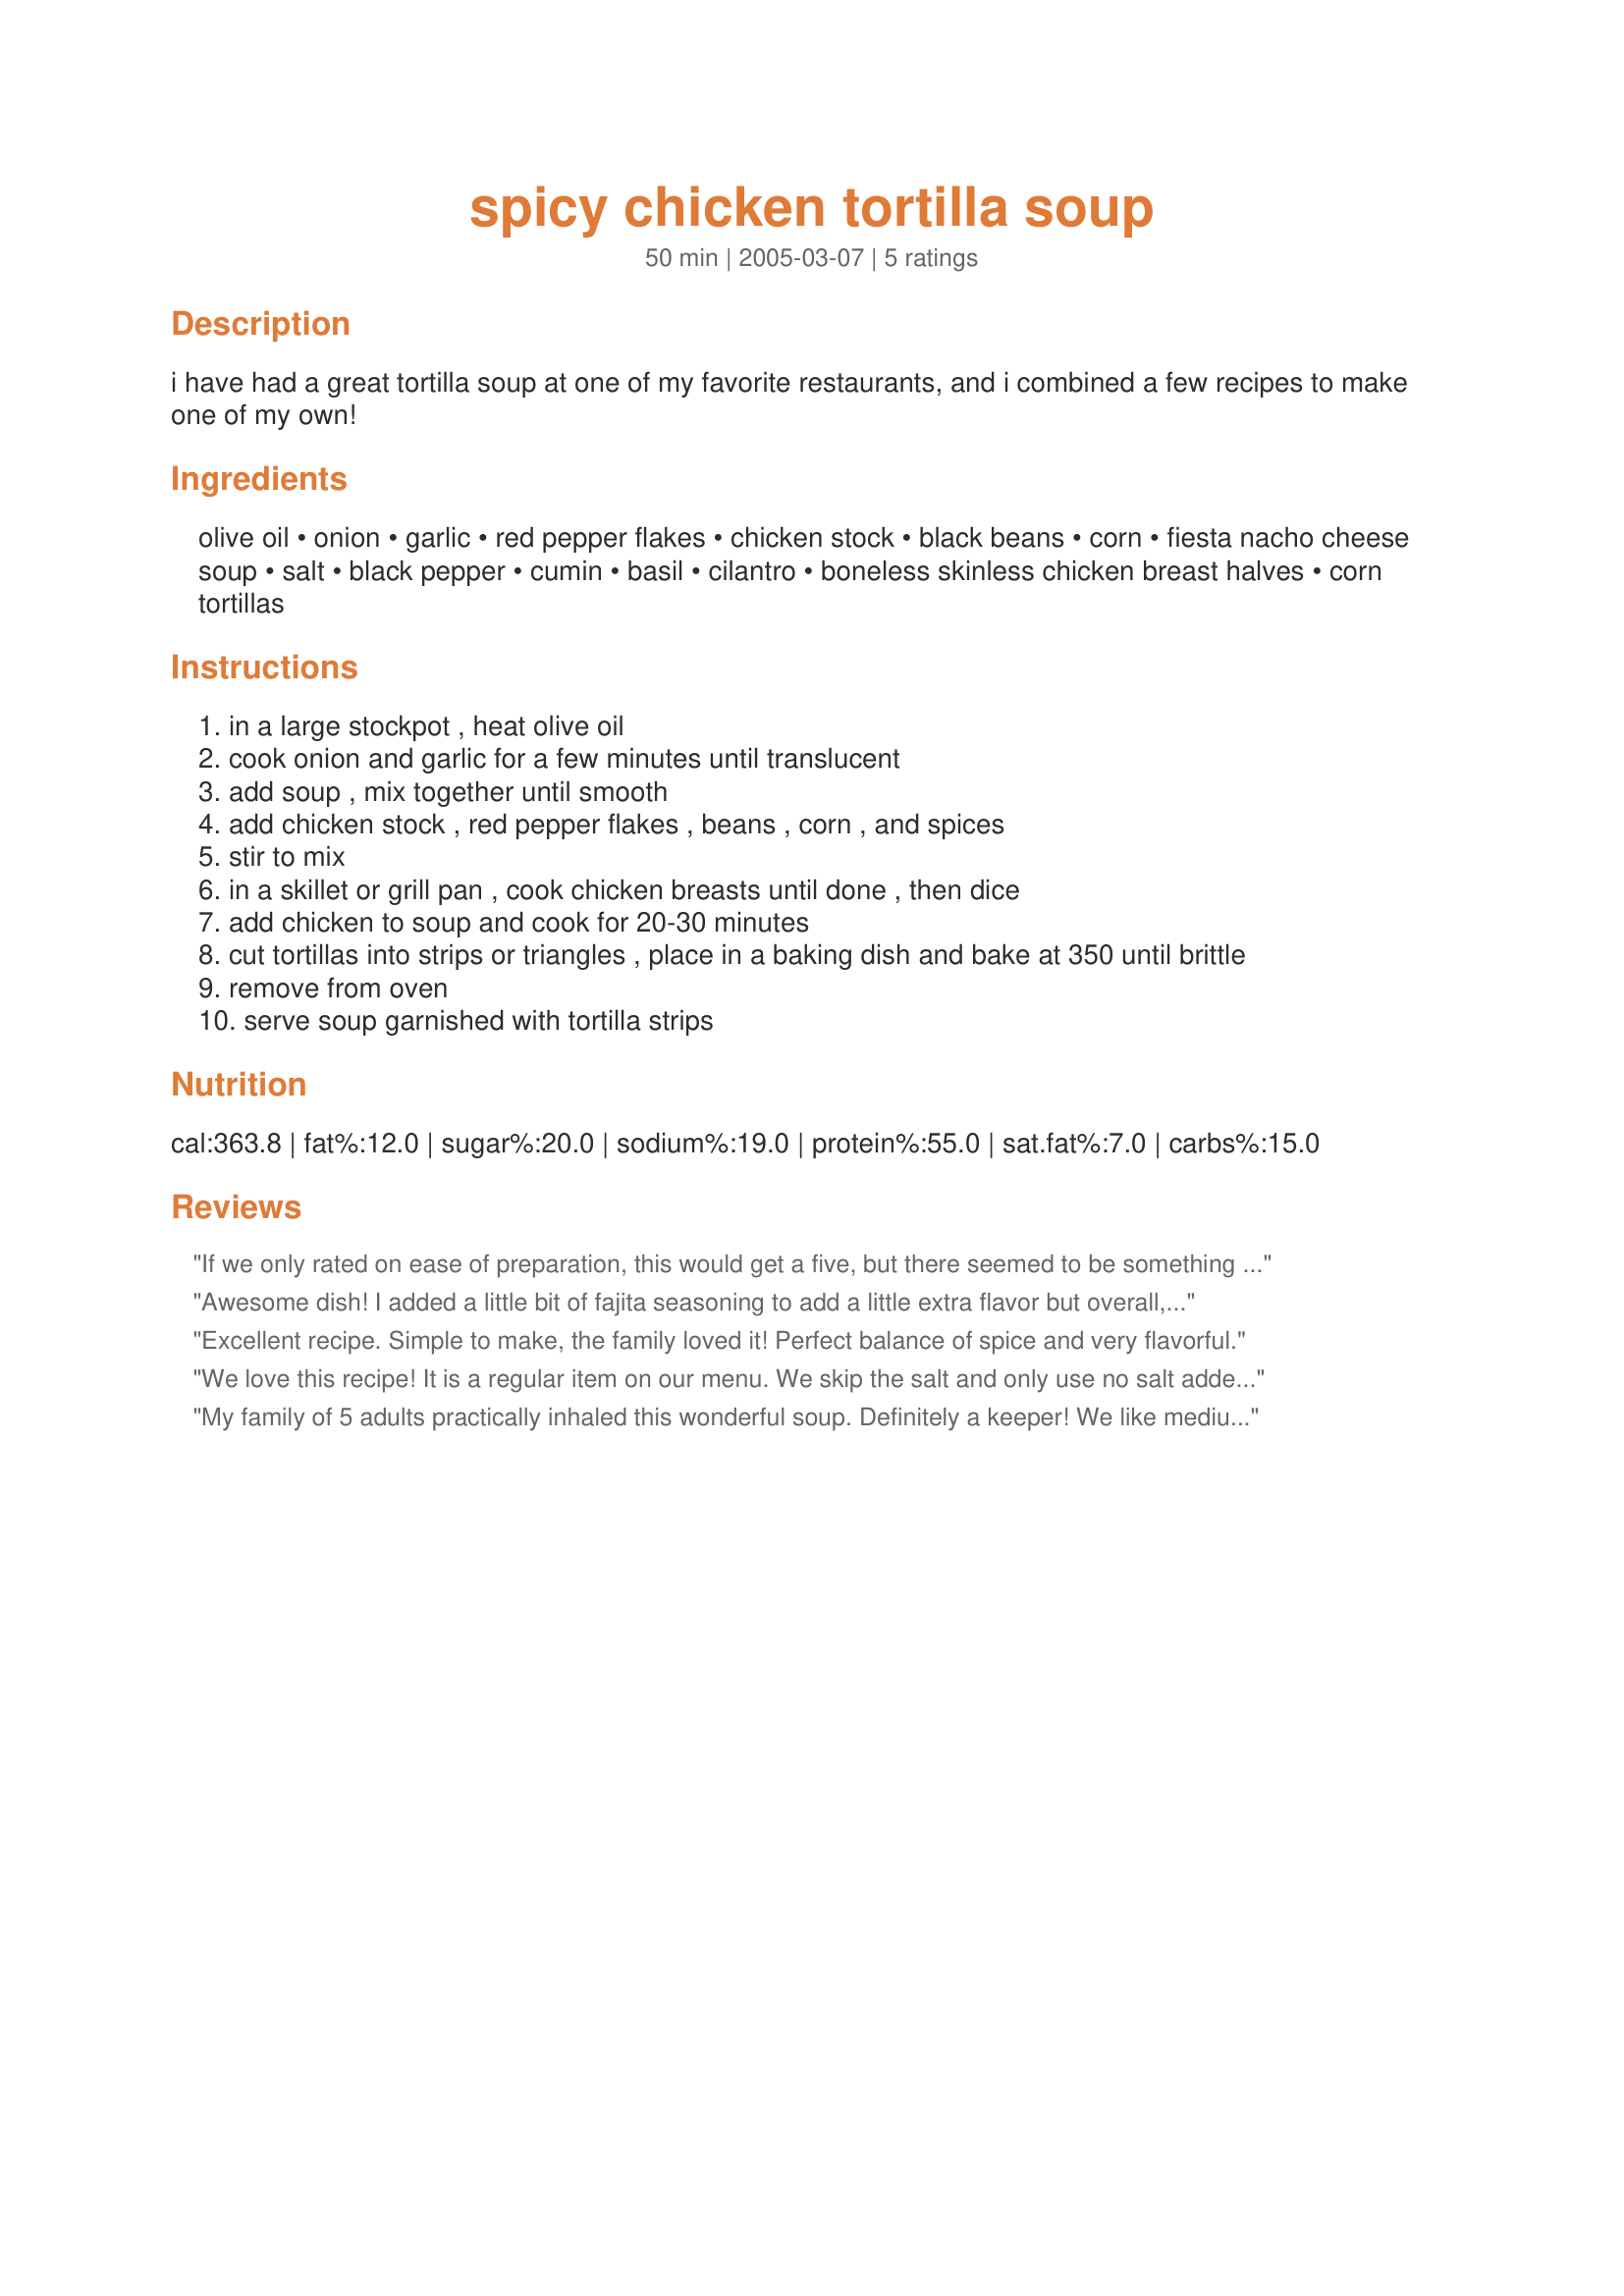
spicy chicken tortilla soup
Preparation time: 50 minutes

i have had a great tortilla soup at one of my favorite restaurants, and i combined a few recipes to make one of my own!

Ingredients:
olive oil, onion, garlic, red pepper flakes, chicken stock, black beans, corn, fiesta nacho cheese soup, salt, black pepper, cumin, basil, cilantro, boneless skinless chicken breast halves, corn tortillas

Steps:
in a large stockpot , heat olive oil
cook onion and garlic for a few minutes until translucent
add soup , mix together until smooth
add chicken stock , red pepper flakes , beans , corn , and spices
stir to mix
in a skillet or grill pan , cook chicken breasts until done , then dice
add chicken to soup and cook for 20-30 minutes
cut tortillas into strips or triangles , place in a baking dish and bake at 350 until brittle
remove from oven
serve soup garnished with tortilla strips

Reviews:
If we only rated on ease of preparation, this would get a five, but there seemed to be something missing flavor wise for my family. It seemed very bland, even with the pepper flakes and cumin.
Awesome dish! I added a little bit of fajita seasoning to add a little extra flavor but overall, very easy and very good!
Excellent recipe. Simple to make, the family loved it! Perfect balance of spice and very flavorful.
We love this recipe! It is a regular item on our menu. We skip the salt and only use no salt added beans and corn. Even then, it is plenty salty.
My family of 5 adults practically inhaled this wonderful soup. Definitely a keeper! We like medium to hot mexican food. The people that liked hot added some hot sauce at the table. It was easy and fun to make it as well, an added plus.
